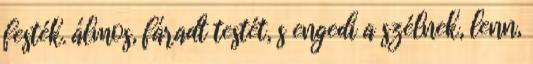
festék. álmos, fáradt testét, s engedi a szélnek, lenn,